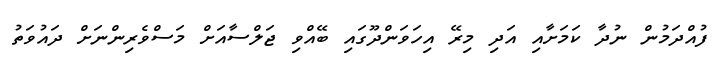
ފުއްދަމުން ނުދާ ކަމަށާއި އަދި މިރޭ އިހަވަންދޫގައި ބޭއްވި ޖަލްސާއަށް މަސްވެރިންނަށް ދައުވަތު